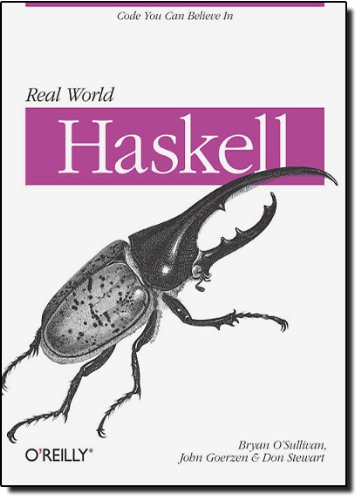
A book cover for Real World Haskell; Bryan O'Sullivan; Computers & Technology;